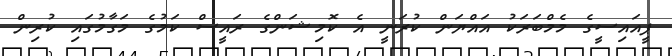
ޕީއައިސީގެ މެމްބަރަކު އައްޔަން ކުރަނީ އެ ކޮމިޝަންގެ ރައީސް ކަމުގެ މަގާމުގައި ކުރިން